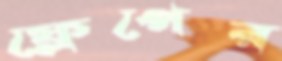
ফ্লেপের